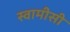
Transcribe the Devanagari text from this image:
स्वामीसी